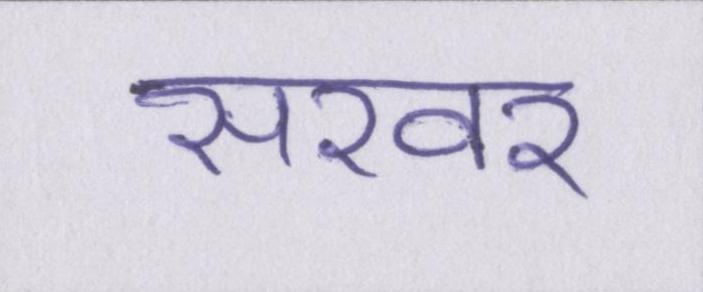
सरवर